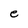
Character: e